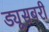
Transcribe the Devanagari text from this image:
ड्यूसबरी